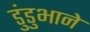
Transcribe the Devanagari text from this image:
डुंडुभाने